Etiology and epidemiology of plague
Disease focus: Plague
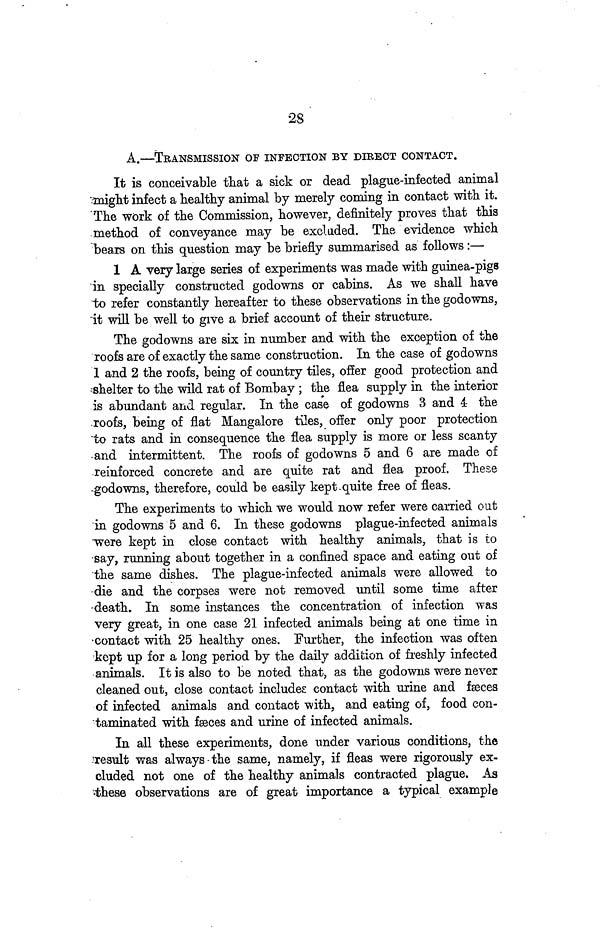
28
A.—TRANSMISSION OF INFECTION BY DIRECT CONTACT.
It is conceivable that a sick or dead plague-infected animal
might infect a healthy animal by merely coming in contact with it.
The work of the Commission, however, definitely proves that this
method of conveyance may be excluded. The evidence which
bears on this question may be briefly summarised as follows:—
1 A very large series of experiments was made with guinea-pigs
in specially constructed godowns or cabins. As we shall have
to refer constantly hereafter to these observations in the godowns,
it will be well to give a brief account of their structure.
The godowns are six in number and with the exception of the
roofs are of exactly the same construction. In the case of godowns
1 and 2 the roofs, being of country tiles, offer good protection and
shelter to the wild rat of Bombay ; the flea supply in the interior
is abundant and regular. In the case of godowns 3 and 4 the
roofs, being of flat Mangalore tiles, offer only poor protection
to rats and in consequence the flea supply is more or less scanty
and intermittent. The roofs of godowns 5 and 6 are made of
reinforced concrete and are quite rat and flea proof. These
godowns, therefore, could be easily kept quite free of fleas.
The experiments to which we would now refer were carried out
in godowns 5 and 6. In these godowns plague-infected animals
were kept in close contact with healthy animals, that is to
say, running about together in a confined space and eating out of
the same dishes. The plague-infected animals were allowed to
die and the corpses were not removed until some time after
death. In some instances the concentration of infection was
very great, in one case 21 infected animals being at one time in
contact with 25 healthy ones. Further, the infection was often
kept up for a long period by the daily addition of freshly infected
animals. It is also to be noted that, as the godowns were never
cleaned out, close contact includes contact with urine and fæces
of infected animals and contact with, and eating of, food con-
taminated with fæces and urine of infected animals.
In all these experiments, done under various conditions, the
result was always the same, namely, if fleas were rigorously ex-
cluded not one of the healthy animals contracted plague. As
these observations are of great importance a typical example